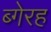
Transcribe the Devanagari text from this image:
ब्गेरह